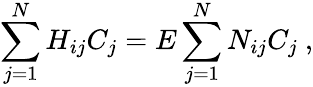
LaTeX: \sum_{j=1}^{N}H_{ij}C_{j}=E\sum_{j=1}^{N}N_{ij}C_{j}\ ,